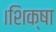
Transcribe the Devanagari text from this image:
।शिक्षा